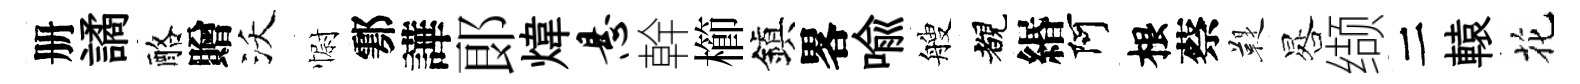
册譎酪贈沃𢠢鄠譁郞煒悬幹櫛鎭畧喩艘覩緡阿根蔡鞮晷缬二轅花